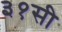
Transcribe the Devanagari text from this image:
३१सी